Civil Veterinary Dept. Bombay admin report 1900-1906 - 1900-1906
Year: 1900
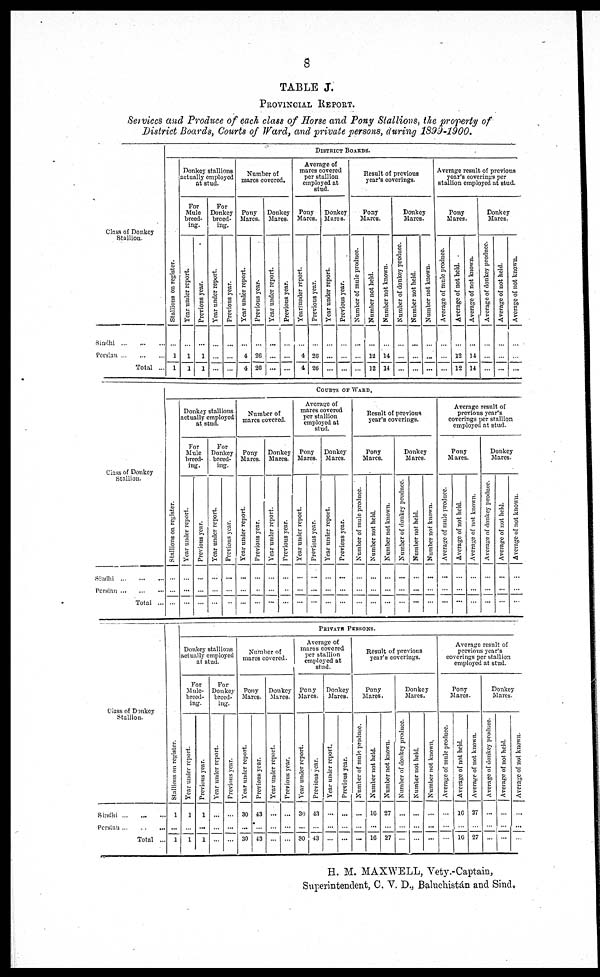
8
TABLE J.
PROVINCIAL REPORT.
Services and Produce of each class of Horse and Pony Stallions, the property of
District Boards, Courts of Ward, and private persons, during 1899-1900.
Class of Donkey
Stallion.
Sindhi
...
...
...
Persian
...
...
...
Total ...
DISTRICT BOARDS.
Stallions on register.
...
1
1
Donkey stallions
actually employed
at stud.
For
Mule
breed-
ing.
Year under report.
...
1
1
previous year.
...
1
1
For
Donkey
breed-
ing.
year under report
...
...
...
previous year
...
...
...
Number of
mares covered.
Pony
Mares.
year under report.
...
4
4
previous year.
...
26
26
Donkey
Mares.
year under report.
...
...
...
previous year.
...
...
...
Average of
mares covered
per stallion
employed at
stud.
Pony
Mares.
year under report.
...
4
4
previous year.
...
26
26
Donkey
Mares.
year under report.
...
...
...
previous year.
...
...
...
Results of previous
year's coverings.
Pony
Mares.
Number of mule produce.
...
...
...
Number not held.
...
12
12
Number not known.
...
14
14
Donkey
Mares.
Number of donkey produce.
...
...
...
Number not held.
...
...
...
Number not known.
...
...
...
Average result of previous
year's coverings per
stallion employed at stud.
Pony
Mares.
Number of mule produce.
...
...
...
Number not held.
...
12
12
Average of not known.
...
14
14
Donkey
Mares.
Average of donkey produce.
...
...
...
Average of not held.
...
...
...
Average of not known
...
...
...
Class of Donkey
Stallion.
Sindhi
...
...
...
Persian
...
...
...
Total ...
COURTS OF WARD.
St al l
i
ons on register.
...
...
...
Donkey stallions
actually employed
at stud.
For
Mule
breed-
ing.
Year under report.
...
...
...
Previous year.
...
...
...
For
Donkey
breed-
ing.
Year under report.
...
...
...
Previous year.
...
...
...
Number of
mares covered.
Pony
Mares.
Year under report.
...
...
...
Previous year.
...
...
...
Donkey
Mares.
Year under report.
...
...
...
Previous year.
...
...
...
Average of
mares covered
per stallion
employed at
stud.
Pony
Mares.
Year under report.
...
...
...
Previous year.
...
...
...
Donkey
Mares.
Year under report.
...
...
...
Previous year.
...
...
...
Result of previous
year's coverings.
Pony
Mares.
Number of mule produce.
...
...
...
Number not held.
...
...
...
Number not known.
...
...
...
Donkey
Mares.
Number of donkey produce.
...
...
...
Number not held.
...
...
...
Number not known.
...
...
...
Average result of
previous year's
coverings per stallion
employed at stud.
Pony
Mares.
Average of mule produce.
...
...
...
Average of not held.
...
...
...
Average of not known.
...
...
...
Donkey
Mares.
Average of donkey produce.
...
...
...
Average of not held.
...
...
...
Average of not known.
...
...
...
Class of Donkey
Stallion.
Sindhi ... ... ...
Persian
...
...
...
Total ...
St al l
i
ons on register.
1
...
1
PRIVATE PERSONS.
Donkey stallions
actually employed
at stud.
For
Mule-
breed-
ing.
Year under report.
1
...
1
Previous year.
1
...
1
For
Donkey
breed-
ing.
Year under report.
...
...
...
Previous year.
...
...
...
Number of
mares covered.
Pony
Mares.
Year under report.
30
...
30
Previous year.
43
...
43
Donkey
Mares.
Year under report.
...
...
...
Previous year.
...
...
...
Average of
mares covered
per stallion
employed at
stud.
Pony
Mares.
Year under report.
30
...
30
Previous year.
43
...
43
Donkey
Mares.
Year under report.
...
...
...
Previous year.
...
...
...
Result of previous
year's coverings.
Pony
Mares.
Number of mule produce.
...
...
...
Number not held.
16
...
16
Number not known.
27
...
27
Donkey
Mares.
Number of donkey produce.
...
...
...
Number not held.
...
...
...
Number not known.
...
...
...
Average result of
previous year's
coverings per stallion
employed at stud.
Pony
Mares.
Average of mule produce.
...
...
...
Average of not held.
16
...
16
Average of not known.
27
...
27
Donkey
Mares.
Average of donkey produce
...
...
...
Average of not held.
...
...
...
Average of not known.
...
...
...
H. M. MAXWELL, Vety.-Captain,
Superintendent, C. V. D., Baluchistán and Sind.